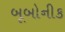
બૂબોનીક